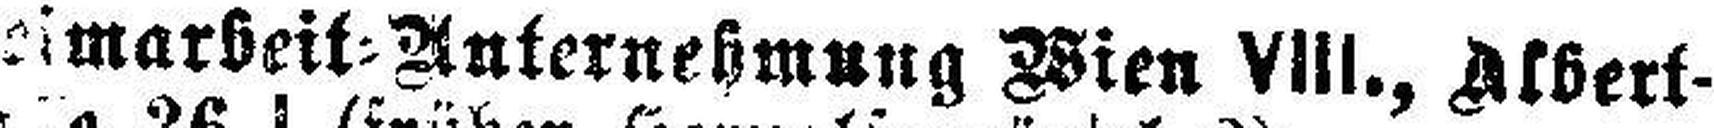
eimarbeit-Auternekmung Wien VIII., Albert¬